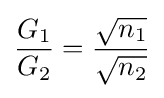
{\frac {G_{1}}{G_{2}}}={\frac {\sqrt {n_{1}}}{\sqrt {n_{2}}}}